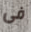
فى